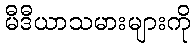
မီဒီယာသမားများကို